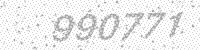
Solution: 990771